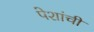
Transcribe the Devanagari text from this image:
पेशांची